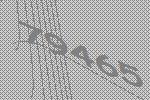
79465